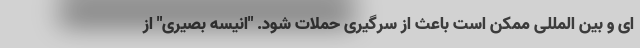
ای و بین المللی ممکن است باعث از سرگیری حملات شود. "انیسه بصیری" از